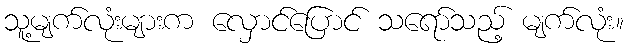
သူ့မျက်လုံးများက လှောင်ပြောင် သရော်သည့် မျက်လုံး။